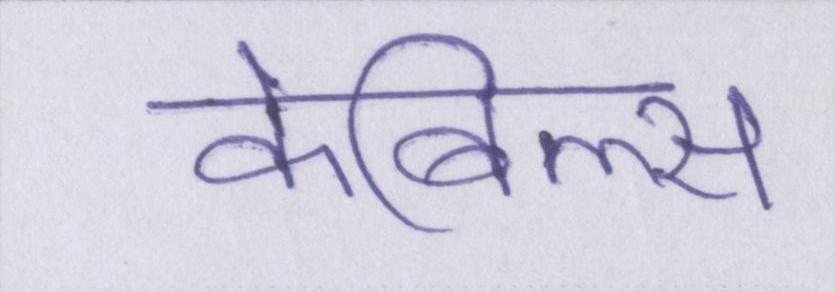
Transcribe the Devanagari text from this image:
केबिल्स